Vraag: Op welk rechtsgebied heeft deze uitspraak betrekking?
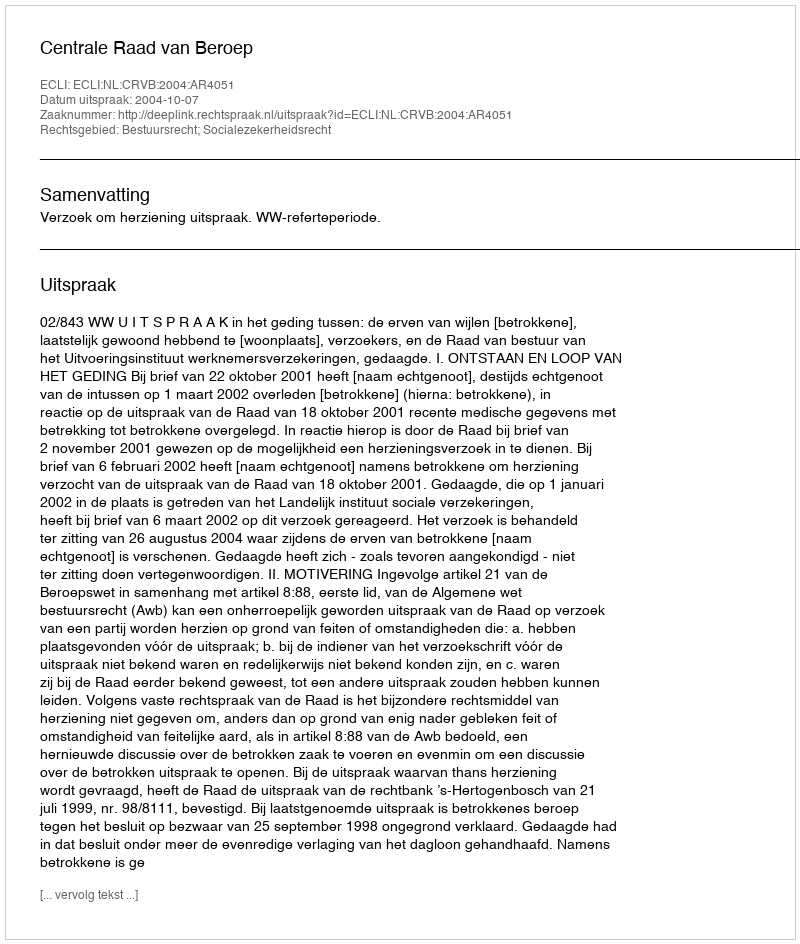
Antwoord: Bestuursrecht; Socialezekerheidsrecht